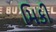
મિકી